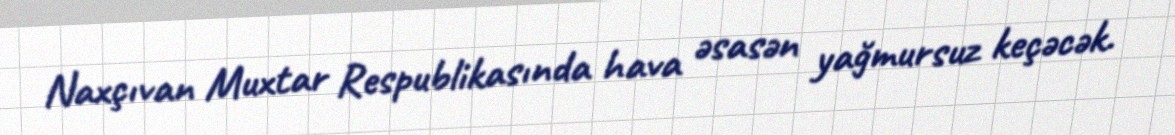
Naxçıvan Muxtar Respublikasında hava əsasən yağmursuz keçəcək.